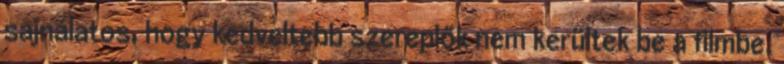
sajnálatos, hogy kedveltebb szereplők nem kerültek be a filmbe.